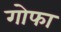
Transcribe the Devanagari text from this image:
गोफा